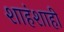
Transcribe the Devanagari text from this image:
शाहंशाही